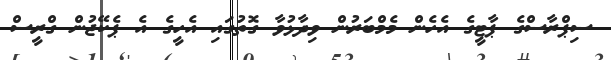
ސިޕްރާސްގެ ޕާޓީގެ އެހެން މެމްބަރުން ވިދާޅުވާ ގޮތުގައި އެހީގެ އެ ޕެކޭޖުން ގްރީސް